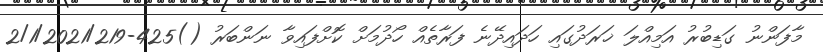
މާފަންނު ގަޑިބުރު އަމިއްލަ ޚަރަދުގައި ހަދައިދޭނެ ފަރާތެއް ހޯދުމަށް ކޮށްފައިވާ ނަންބަރު ()425-2/1/2021/219